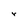
Character: r